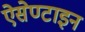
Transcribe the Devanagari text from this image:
ऐसेण्टाइन